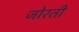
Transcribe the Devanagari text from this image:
जोरती